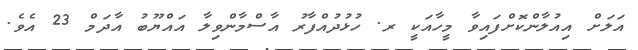
އަލަށް އިއުލާންކޮށްފައިވާ މީހާއަކީ ރ. ހުޅުދުއްފާރު އާސްމާންވިލާ އައްޔޫބު އާދަމް 23 އެވެ.